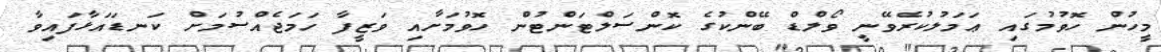
މީހުން ހޮވުމުގައި ޢަމަލުކުރެވޭނީ ވޯލްޑް ބޭންކުގެ ކޮންސަލްޓަންޓުން ހޮވުމަށާއި ވަޒީފާ ހަމަޖެއްސުމަށް ކަނޑައަޅާފައިވާ